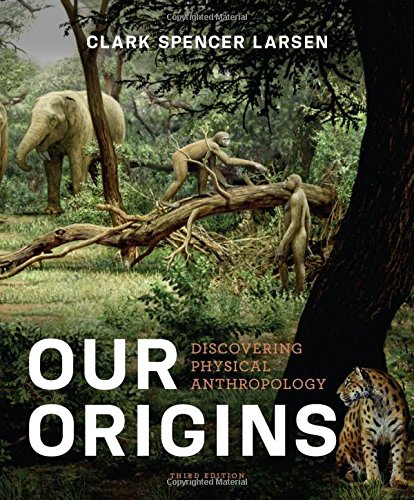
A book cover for Our Origins: Discovering Physical Anthropology (Third Edition); Clark Spencer Larsen; Science & Math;